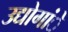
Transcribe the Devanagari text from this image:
उद्योगांे